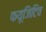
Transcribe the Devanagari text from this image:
फयूजिटिव